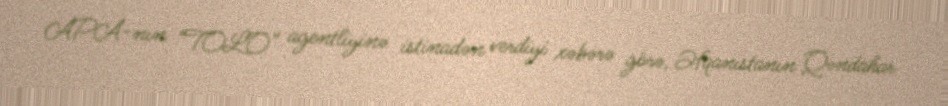
APA-nın “TOLO” agentliyinə istinadən verdiyi xəbərə görə, Əfqanıstanın Qəndahar